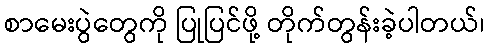
စာမေးပွဲတွေကို ပြုပြင်ဖို့ တိုက်တွန်းခဲ့ပါတယ်၊